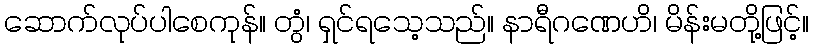
ဆောက်လုပ်ပါစေကုန်။ တွံ၊ ရှင်ရသေ့သည်။ နာရီဂဏေဟိ၊ မိန်းမတို့ဖြင့်။